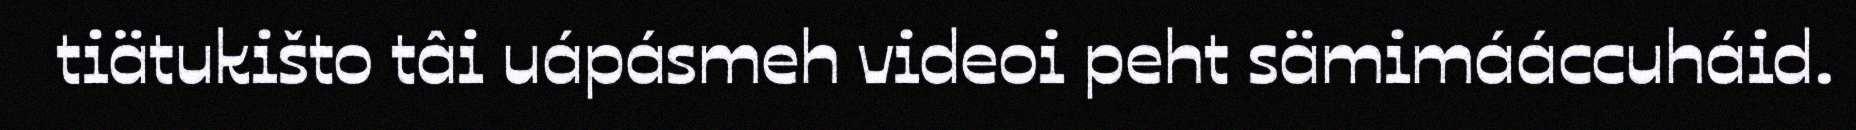
tiätukišto tâi uápásmeh videoi peht sämimááccuháid.